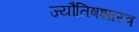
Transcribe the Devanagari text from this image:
ज्यौतिषशास्त्र